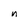
Character: n